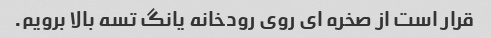
قرار است از صخره ای روی رودخانه یانگ تسه بالا برویم.